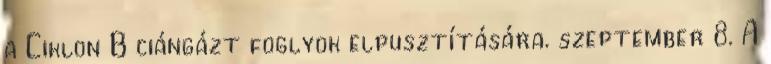
a Ciklon B ciángázt foglyok elpusztítására. szeptember 8. A